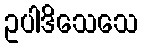
ဥပါဒိသေသေ